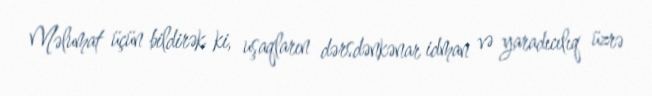
Məlumat üçün bildirək ki, uşaqların dərsdənkənar idman və yaradıcılıq üzrə